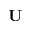
\mathbf { U }